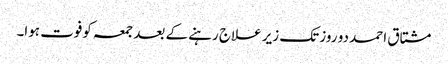
مشتاق احمد دو روز تک زیر علاج رہنے کے بعد جمعہ کوفوت ہوا۔